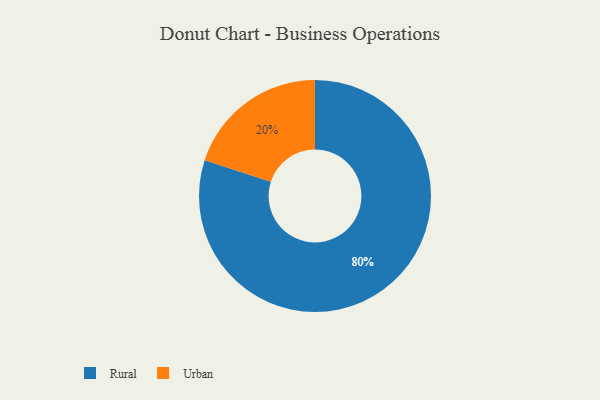
{"axis": {"x": "Category", "y": "Percentage"}, "legend": ["Rural", "Urban"], "data": [{"x": "Rural", "y": 80, "type": "Rural"}, {"x": "Urban", "y": 20, "type": "Urban"}]}